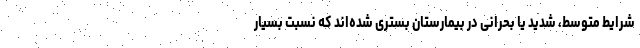
شرایط متوسط، شدید یا بحرانی در بیمارستان بستری شده‌اند که نسبت بسیار